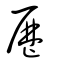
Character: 厯